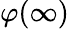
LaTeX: \varphi(\infty)